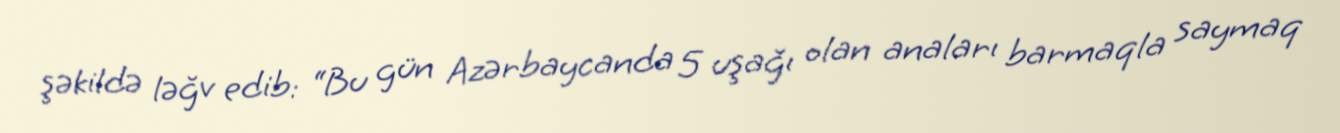
şəkildə ləğv edib: “Bu gün Azərbaycanda 5 uşağı olan anaları barmaqla saymaq